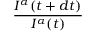
\frac { I ^ { \alpha } ( t + d t ) } { I ^ { \alpha } ( t ) }